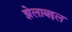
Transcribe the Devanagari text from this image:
झेलाबद्दल